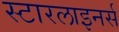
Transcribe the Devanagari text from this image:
स्टारलाइनर्स